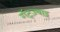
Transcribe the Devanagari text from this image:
गॅट्ज़्बाइ